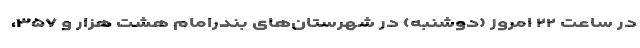
در ساعت ۲۲ امروز (دوشنبه) در شهرستان‌های بندرامام هشت هزار و ۳۵۷،